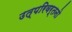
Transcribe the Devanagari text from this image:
उत्परिवर्तनो